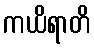
ကယိရာတိ